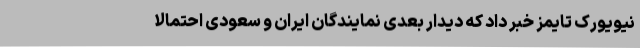
نیویورک تایمز خبر داد که دیدار بعدی نمایندگان ایران و سعودی احتمالا